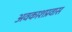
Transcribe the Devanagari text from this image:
अवकाशप्रवास